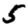
Digit: 5